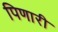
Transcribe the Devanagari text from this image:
पिणारी